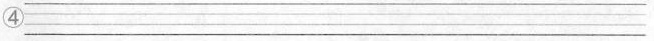
④___